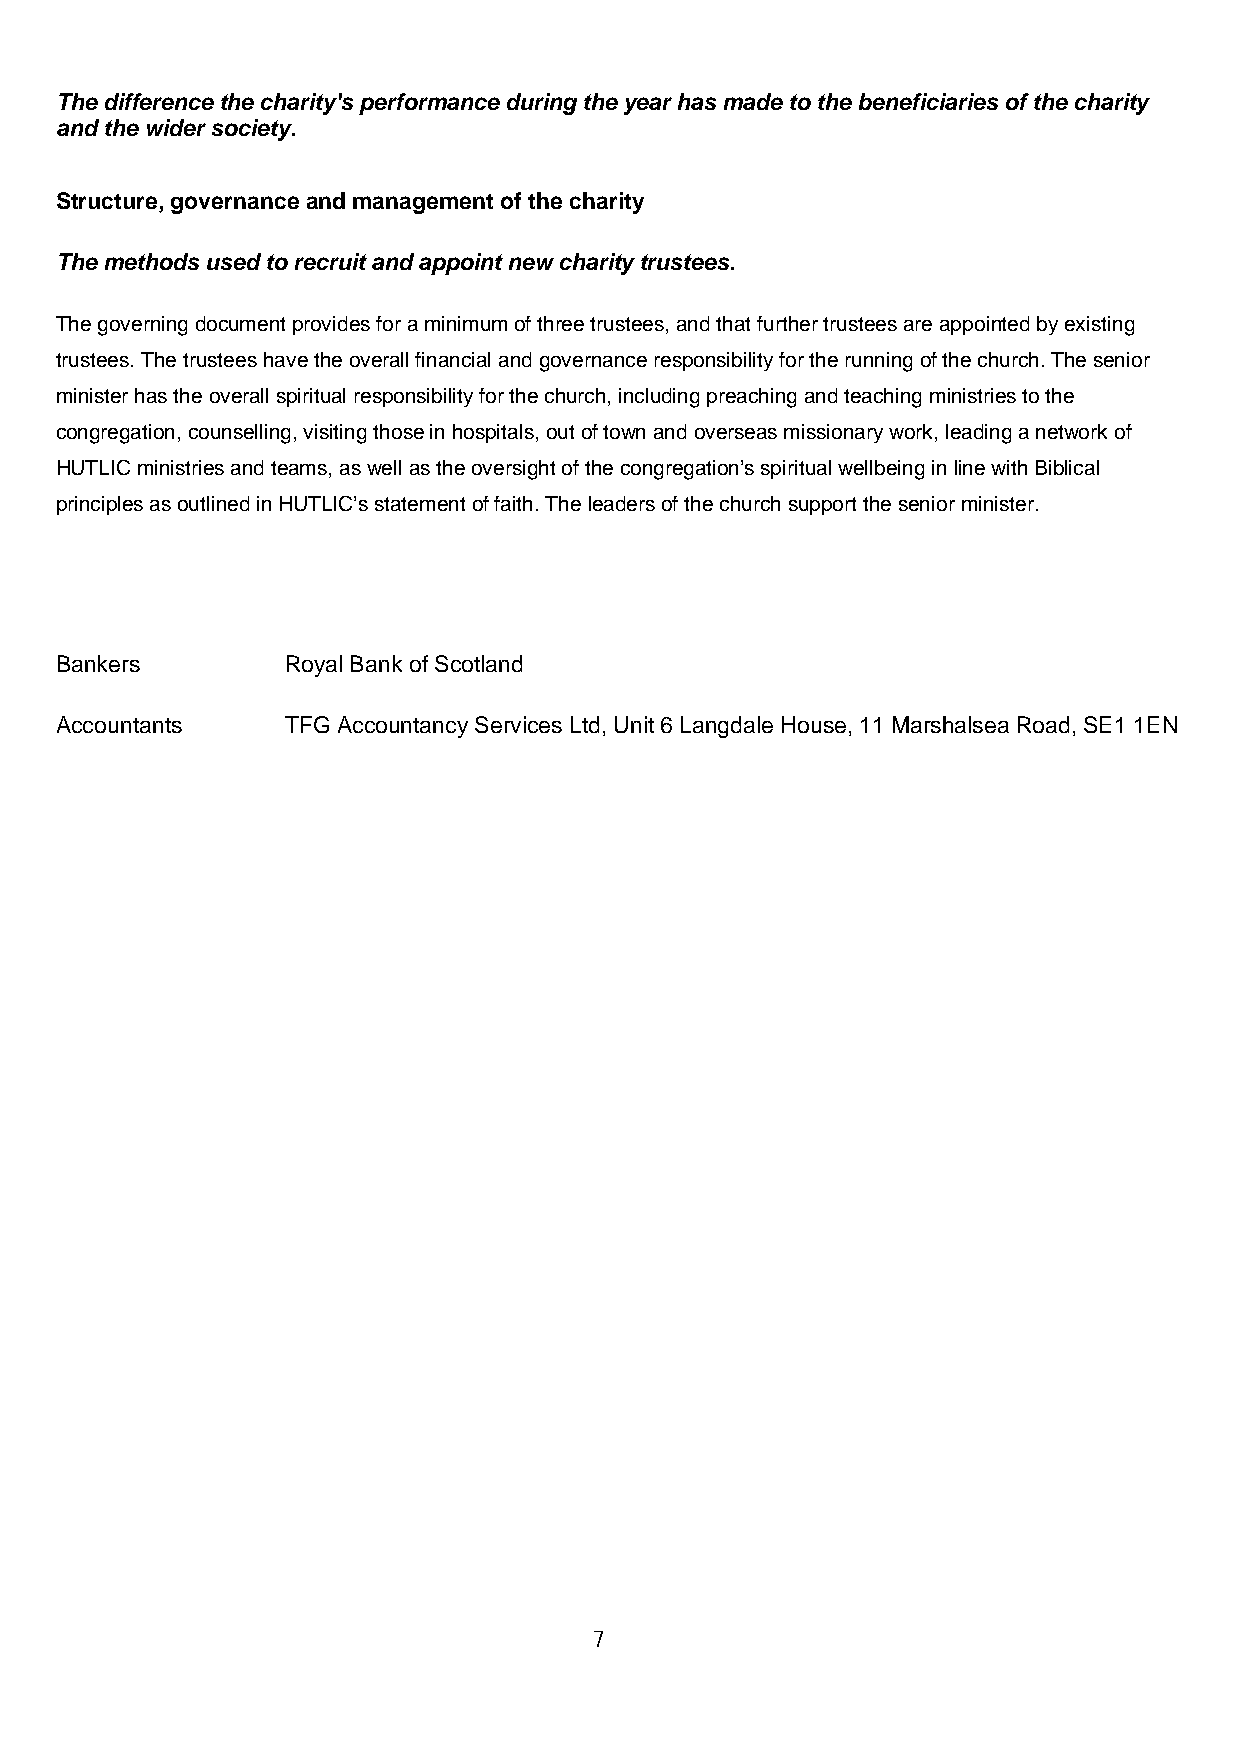
The difference the charity's performance during the year has made to the beneficiaries of the charity
 and the wider society.
 Structure, governance and management of the charity
 The methods used to recruit and appoint new charity trustees.
 The governing document provides for a minimum of three trustees, and that further trustees are appointed by existing
 trustees. The trustees have the overall financial and governance responsibility for the running of the church. The senior
 minister has the overall spiritual responsibility for the church, including preaching and teaching ministries to the
 congregation, counselling, visiting those in hospitals, out of town and overseas missionary work, leading a network of
 HUTLIC ministries and teams, as well as the oversight of the congregation’s spiritual wellbeing in line with Biblical
 principles as outlined in HUTLIC’s statement of faith. The leaders of the church support the senior minister.
 Bankers        Royal Bank of Scotland
 Accountants    TFG Accountancy Services Ltd, Unit 6 Langdale House, 11 Marshalsea Road, SE1 1EN
 7